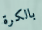
بالكرة